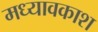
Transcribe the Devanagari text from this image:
मध्यावकाश